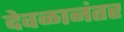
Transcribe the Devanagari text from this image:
देवळानंतर